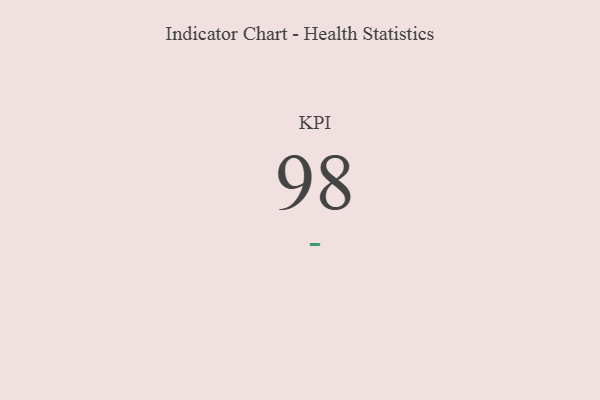
{"axis": {"x": "KPI", "y": "Value"}, "legend": [""], "data": [{"x": "KPI", "y": 98, "type": ""}]}